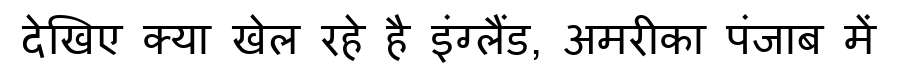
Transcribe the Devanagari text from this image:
देखिए क्या खेल रहे है इंग्लैंड, अमरीका पंजाब में